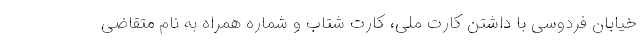
خیابان فردوسی با داشتن کارت ملی، کارت شتاب و شماره همراه به نام متقاضی